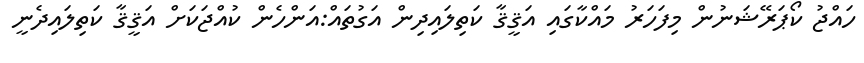
ހައްޖު ކޯޕަރޭޝަނުން މިފަހަރު މައްކާގައި އަޤީޤާ ކަތިލައިދިން އަގުތައް:އަންހެން ކުއްޖަކަށް އަޤީޤާ ކަތިލައިދެނީ